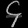
Digit: ၄